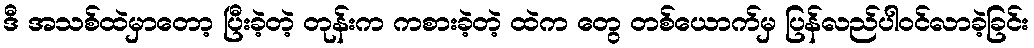
ဒီ အသစ်ထဲမှာတော့ ပြီးခဲ့တဲ့ တုန်းက ကစားခဲ့တဲ့ ထဲက တွေ တစ်ယောက်မှ ပြန်လည်ပါဝင်လာခဲ့ခြင်း